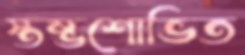
স্তম্ভশোভিত